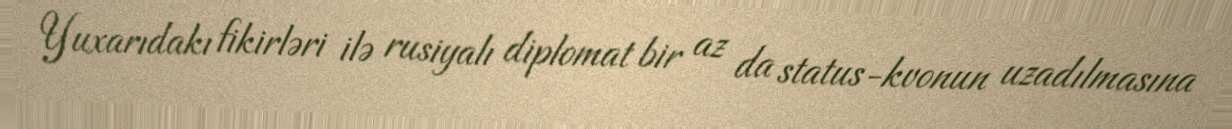
Yuxarıdakı fikirləri ilə rusiyalı diplomat bir az da status-kvonun uzadılmasına